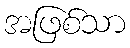
အဖြစ်သာ